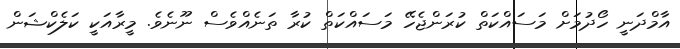
އާމްދަނީ ހޯދުމަށް މަސައްކަތް ކުރަންޖެހޭ މަސައްކަތް ކުރާ ތަނެއްވެސް ނޫނެވެ. މީރާއަކީ ކަލެކްޝަން